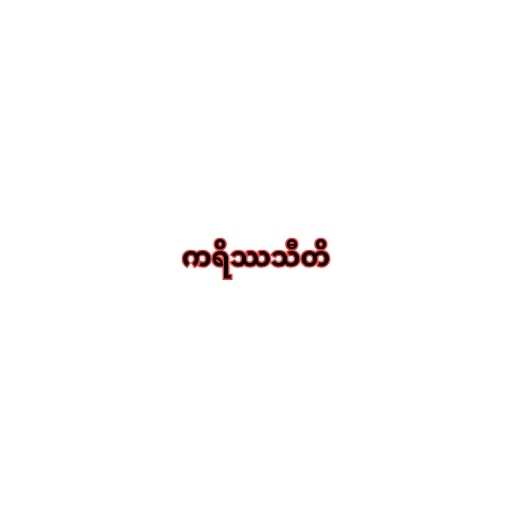
ကရိဿသီတိ